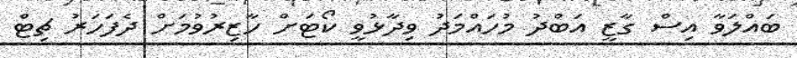
ބައްލަވާ އިސް ގާޒީ އަބްދު މުހައްމަދު ވިދާޅުވީ ކޯޓަށް ހާޒިރުވުމަށް ދެފަހަރު ޗިޓް